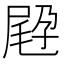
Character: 𡲪